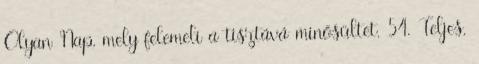
Olyan Nap, mely felemeli a tisztává minősültet. 54. Teljes,